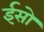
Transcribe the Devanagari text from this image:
ईसो